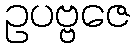
ဥပဗ္ဗဇေ